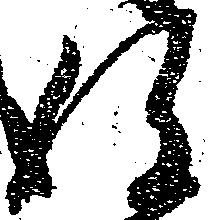
弥